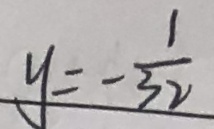
y = - \frac { 1 } { 3 2 }